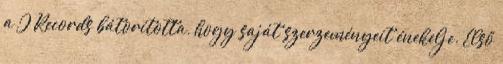
a J Records bátorította, hogy saját szerzeményeit énekelje. Első